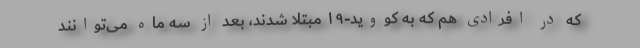
که در افرادی هم که به کووید-۱۹ مبتلا شدند، بعد از سه ماه می‌توانند